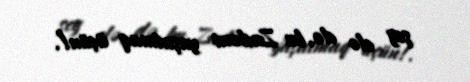
şey elə də, bu Zadəni yaşatmaq üçün!.